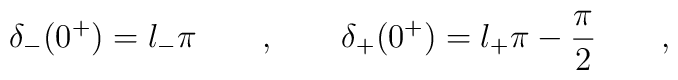
\delta_-(0^+)=l_-\pi \qquad , \qquad\delta_+(0^+)=l_+\pi-\frac{\pi}{2} \qquad ,